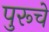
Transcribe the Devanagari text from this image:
पुरूचे